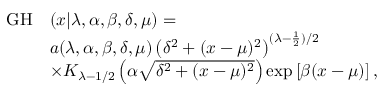
\begin{array} { r l } { \mathrm { \cal G H } } & { ( x | \lambda , \alpha , \beta , \delta , \mu ) = } \\ & { a ( \lambda , \alpha , \beta , \delta , \mu ) \left( \delta ^ { 2 } + ( x - \mu ) ^ { 2 } \right) ^ { ( \lambda - \frac { 1 } { 2 } ) / 2 } } \\ & { \times K _ { \lambda - 1 / 2 } \left( \alpha \sqrt { \delta ^ { 2 } + ( x - \mu ) ^ { 2 } } \right) \exp \left[ \beta ( x - \mu ) \right] , } \end{array}